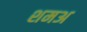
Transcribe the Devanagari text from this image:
शमअ